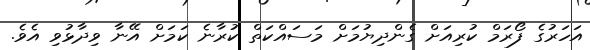
އަހަރުގެ ފޯރަމް ކުރިއަށް ގެންދިޔުމަށް މަސައްކަތް ކުރާނެ ކަމަށް އޭނާ ވިދާޅުވި އެވެ.